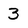
Character: 3